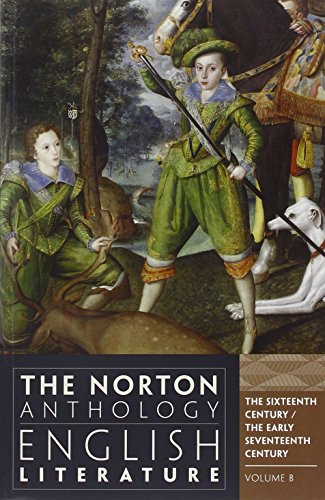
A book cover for The Norton Anthology of English Literature (Ninth Edition)  (Vol. B); M. H. Abrams; Literature & Fiction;